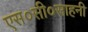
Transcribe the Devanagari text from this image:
एस०सी०साहनी